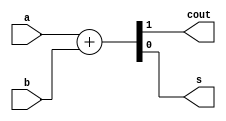
module hadd(a,b,cout,s);  // Implement a half-adder

	input a, b;               // Inputs to be added together
	output cout, s;	       // Output, carry (cout) and sum (s)

	assign {cout,s} = a+b;  // add a and b,
									// ...result in cout and s.

endmodule